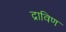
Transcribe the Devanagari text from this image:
द्राविण